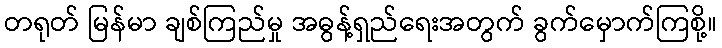
တရုတ် မြန်မာ ချစ်ကြည်မှု အဓွန့်ရှည်ရေးအတွက် ခွက်မှောက်ကြစို့။